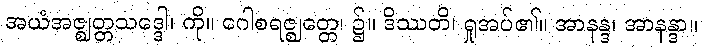
အယံအဇ္ဈတ္တသဒ္ဒေါ၊ ကို။ ဂေါစရဇ္ဈတ္တေ၊ ၌။ ဒိဿတိ၊ ရှုအပ်၏။ အာနန္ဒ၊ အာနန္ဒာ။